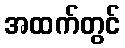
အထက်တွင်